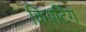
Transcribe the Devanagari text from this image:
क्रिएटिंग